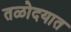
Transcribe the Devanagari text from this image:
तळोदयात